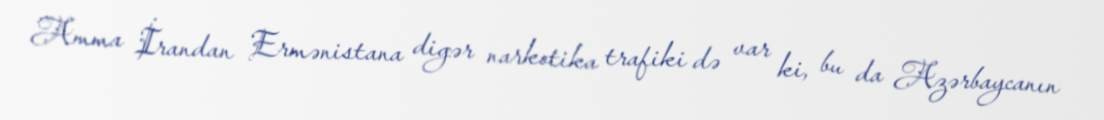
Amma İrandan Ermənistana digər narkotika trafiki də var ki, bu da Azərbaycanın